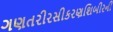
ગણતરીરસીકરણશિબીરની